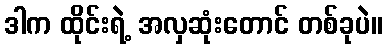
ဒါက ထိုင်းရဲ့ အလှဆုံးတောင် တစ်ခုပဲ။